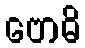
ဗောဓိ